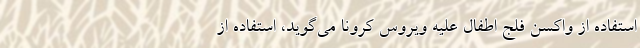
استفاده از واکسنِ فلج اطفال علیه ویروسِ کرونا می‌گوید، استفاده از